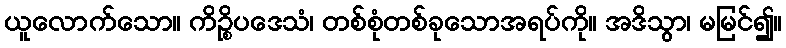
ယူလောက်သော။ ကိဉ္စိပဒေသံ၊ တစ်စုံတစ်ခုသောအရပ်ကို။ အဒိသွာ၊ မမြင်၍။